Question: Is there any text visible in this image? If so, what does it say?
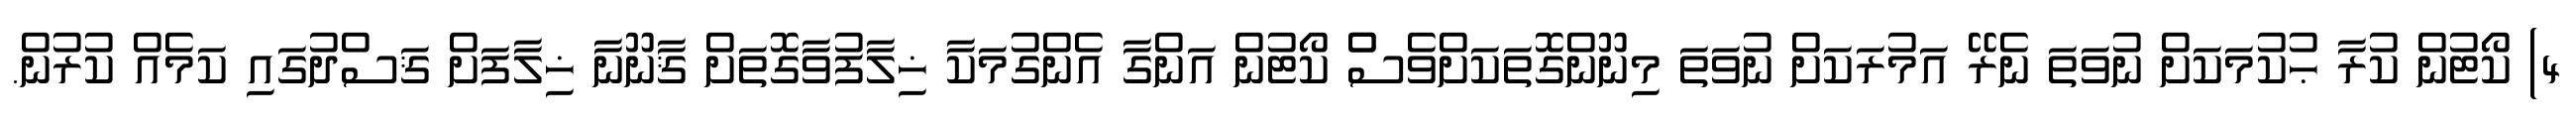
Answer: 4) ކޯޓުން ކުރާ ޙުކުމަކަށް ނުވަތަ ނެރޭ އަމުރަކަށް ނުވަތަ މިނޫންގޮތަކަށްވެސްް ކޯޓުން އަންގާ އެންގުމަކާ ޚިލާފުވާގޮތަށް ޤާނޫނާ ޚިލާފަށް ޤަސްދުގައި ކަމެއް ކުރުން.